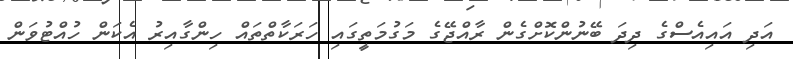
އަދި އައިއެސްގެ ދިދަ ބޭނުންކޮށްގެން ރާއްޖޭގެ މަގުމަތީގައި ހަރަކާތްތައް ހިންގާއިރު އެކަން ހުއްޓުވަން